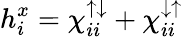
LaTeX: h_{i}^{x}=\chi_{ii}^{{\uparrow}{\downarrow}}+\chi_{ii}^{{\downarrow}{\uparrow}}